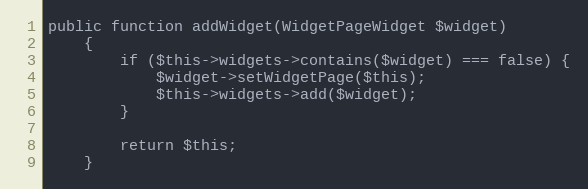
Language: PHP
public function addWidget(WidgetPageWidget $widget)
    {
        if ($this->widgets->contains($widget) === false) {
            $widget->setWidgetPage($this);
            $this->widgets->add($widget);
        }

        return $this;
    }